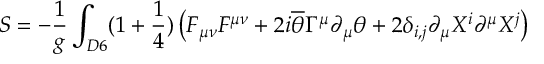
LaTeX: S = - \frac { 1 } { g } \int _ { D 6 } ( 1 + \frac { 1 } { 4 } ) \left( F _ { \mu \nu } F ^ { \mu \nu } + 2 i \overline { { { \theta } } } \Gamma ^ { \mu } \partial _ { \mu } \theta + 2 \delta _ { i , j } \partial _ { \mu } X ^ { i } \partial ^ { \mu } X ^ { j } \right)